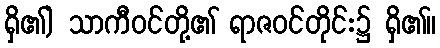
ရှိ၏) သာကီဝင်တို့၏ ရာဇဝင်တိုင်း၌ ရှိ၏။